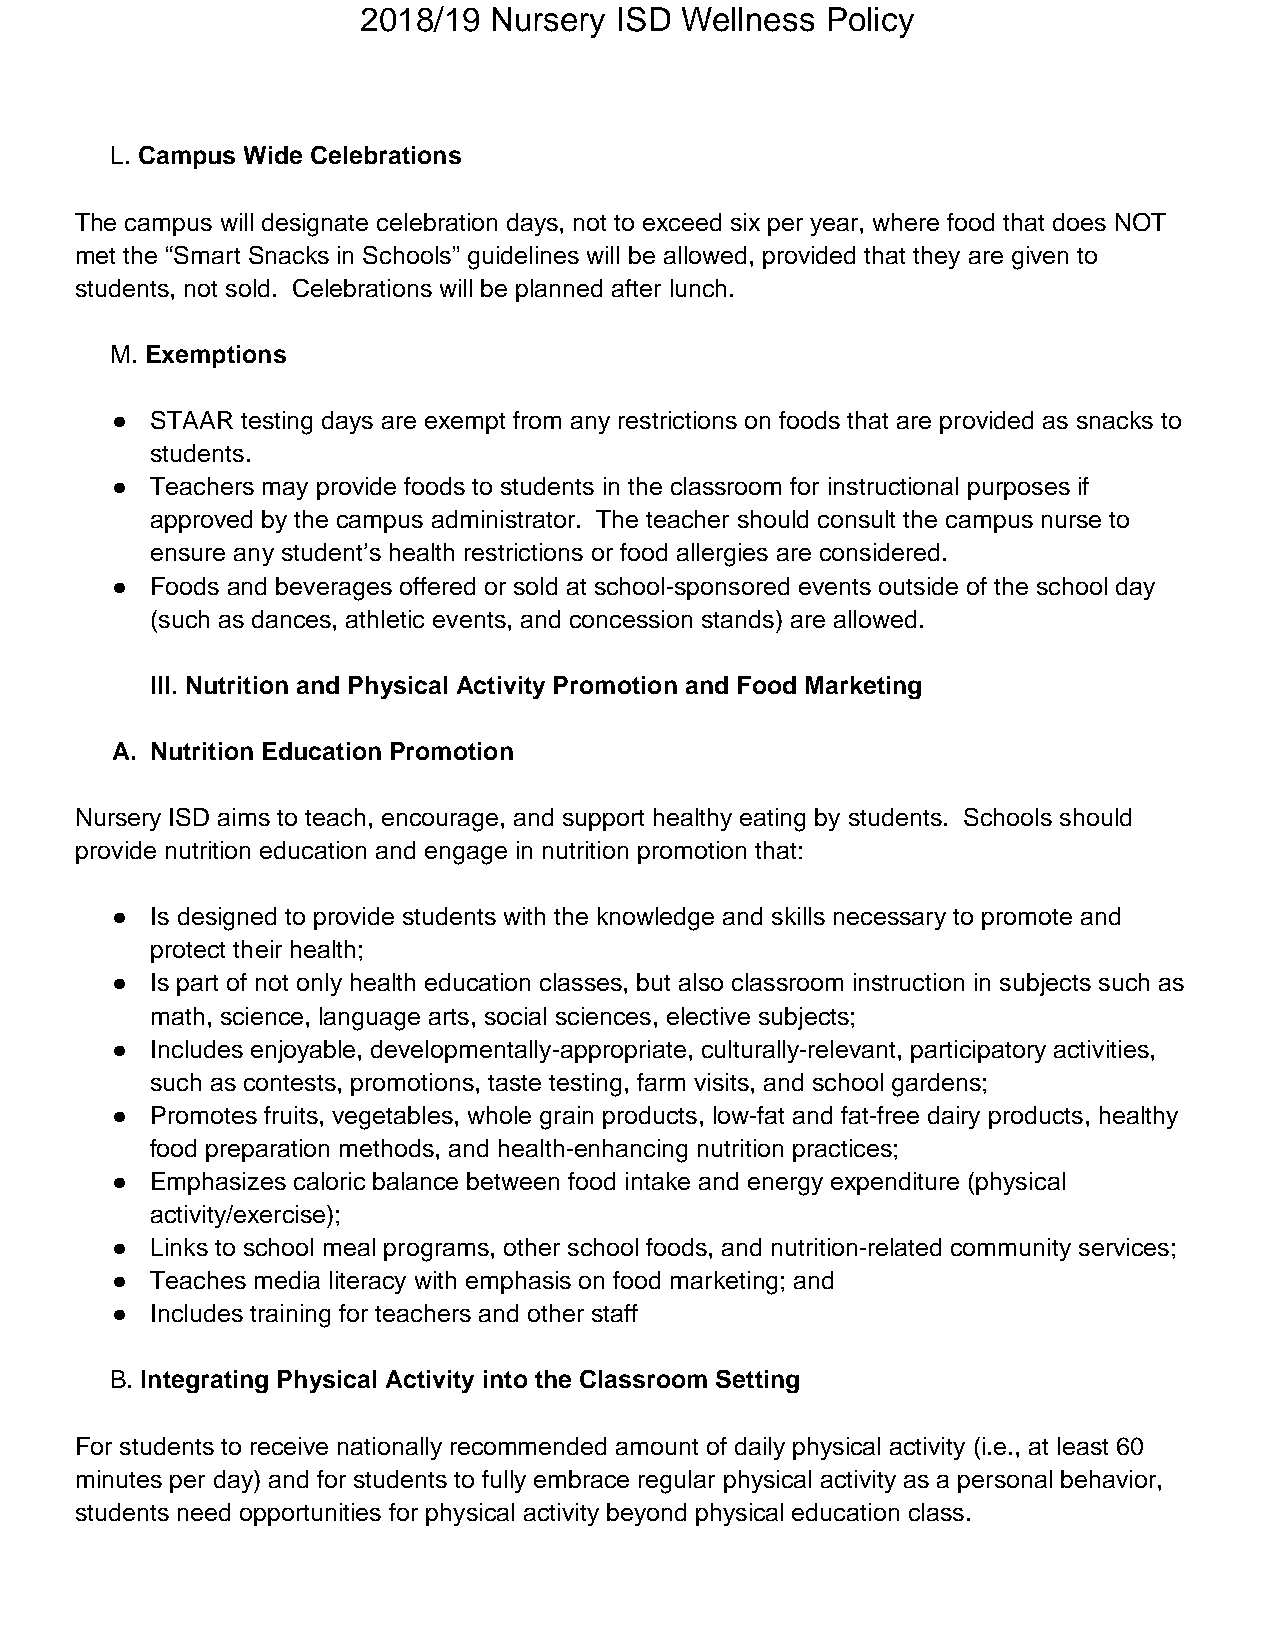
2018/19 Nursery  ISD Wellness  Policy
 L. Campus Wide Celebrations
 The campus will designate celebration days, not to exceed six per year, where food that does NOT
 met the “Smart Snacks in Schools” guidelines will be allowed, provided that they are given to
 students, not sold. Celebrations will be planned after lunch.
 M. Exemptions
 ●  STAAR testing days are exempt from any restrictions on foods that are provided as snacks to
 students.
 ●  Teachers may provide foods to students in the classroom for instructional purposes if
 approved by the campus administrator. The teacher should consult the campus nurse to
 ensure any student’s health restrictions or food allergies are considered.
 ●  Foods and beverages offered or sold at school-sponsored events outside of the school day
 (such as dances, athletic events, and concession stands) are allowed.
 III. Nutrition and Physical Activity Promotion and Food Marketing
 A. Nutrition Education Promotion
 Nursery ISD aims to teach, encourage, and support healthy eating by students. Schools should
 provide nutrition education and engage in nutrition promotion that:
 ●  Is designed to provide students with the knowledge and skills necessary to promote and
 protect their health;
 ●  Is part of not only health education classes, but also classroom instruction in subjects such as
 math, science, language arts, social sciences, elective subjects;
 ●  Includes enjoyable, developmentally-appropriate, culturally-relevant, participatory activities,
 such as contests, promotions, taste testing, farm visits, and school gardens;
 ●  Promotes fruits, vegetables, whole grain products, low-fat and fat-free dairy products, healthy
 food preparation methods, and health-enhancing nutrition practices;
 ●  Emphasizes caloric balance between food intake and energy expenditure (physical
 activity/exercise);
 ●  Links to school meal programs, other school foods, and nutrition-related community services;
 ●  Teaches media literacy with emphasis on food marketing; and
 ●  Includes training for teachers and other staff
 B. Integrating Physical Activity into the Classroom Setting
 For students to receive nationally recommended amount of daily physical activity (i.e., at least 60
 minutes per day) and for students to fully embrace regular physical activity as a personal behavior,
 students need opportunities for physical activity beyond physical education class.